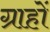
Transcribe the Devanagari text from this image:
ग्राहों